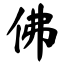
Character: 佛